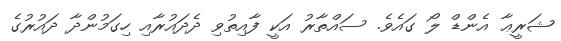
ޝަރީޢާ އެންޑް ލޯ ގައެވެ. ސައްތާރު އަކީ ފާއިތުވި ދެދައުރާއި ހިގަމުންދާ ދައުރުގެ